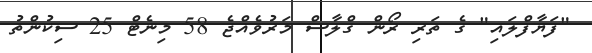
"ފަޔާފްލައި" ގެ ތަރި ރޯން ގްލާސް މަރުވެއްޖެ 58 މިނެޓް 25 ސިކުންތު